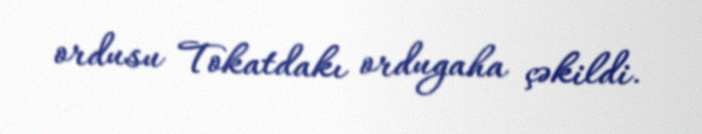
ordusu Tokatdakı ordugaha çəkildi.